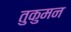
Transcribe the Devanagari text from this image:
तुकुमन